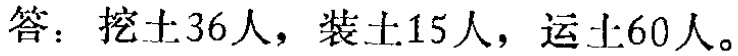
抽屉原理有时也被为鸽巢原理，它是德国数学家狄利克雷（P. G. T. Dirichlet. 1805～1859）首先明确地提出来并用以证明一些数论中的问题，因此，也称为狄利克雷原则. 它是组合数学中的一个重要原理. 它有如下几种表现形式：

答：挖土36人，装土15人，运土60人。